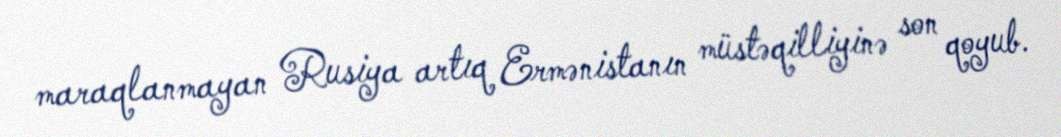
maraqlanmayan Rusiya artıq Ermənistanın müstəqilliyinə son qoyub.